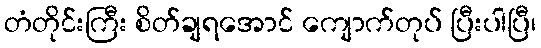
တံတိုင်းကြီး စိတ်ချရအောင် ကျောက်တုပ် ပြီးပါပြီ၊